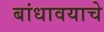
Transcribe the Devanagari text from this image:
बांधावयाचे